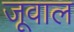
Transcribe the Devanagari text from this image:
जूवाल